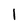
Character: l